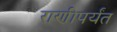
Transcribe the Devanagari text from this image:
राणीपर्यंत